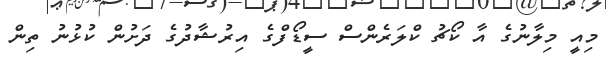
މިއީ މިލާނުގެ އާ ކޯޗު ކްލަރެންސް ސީޑޯފްގެ އިރުޝާދުގެ ދަށުން ކުޅުނު ތިން